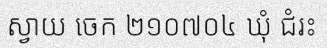
ស្វាយ ចេក ២១០៧០៤ ឃុំ ជំរះ